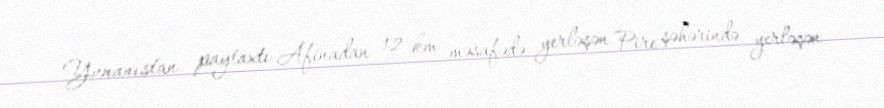
Yunanıstan paytaxtı Afinadan 12 km məsafədə yerləşən Pire şəhərində yerləşən